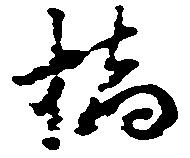
橋